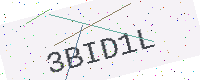
Text: 3BID1L